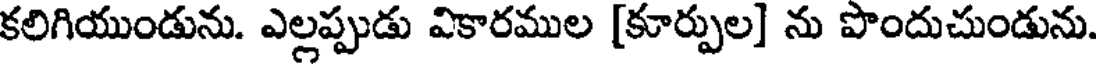
కలిగియుండును. ఎల్లప్పుడు వికారముల [కూర్పుల] ను పొందుచుండును.